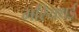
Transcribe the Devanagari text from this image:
मरियथई